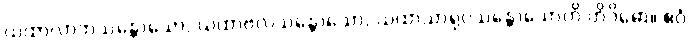
ယထာလာဘသန္တောသော, ယထာဗလသန္တောသော, ယထာသာရုပ္ပသန္တောသောတိ တိဝိဓော။ ဧဝံ